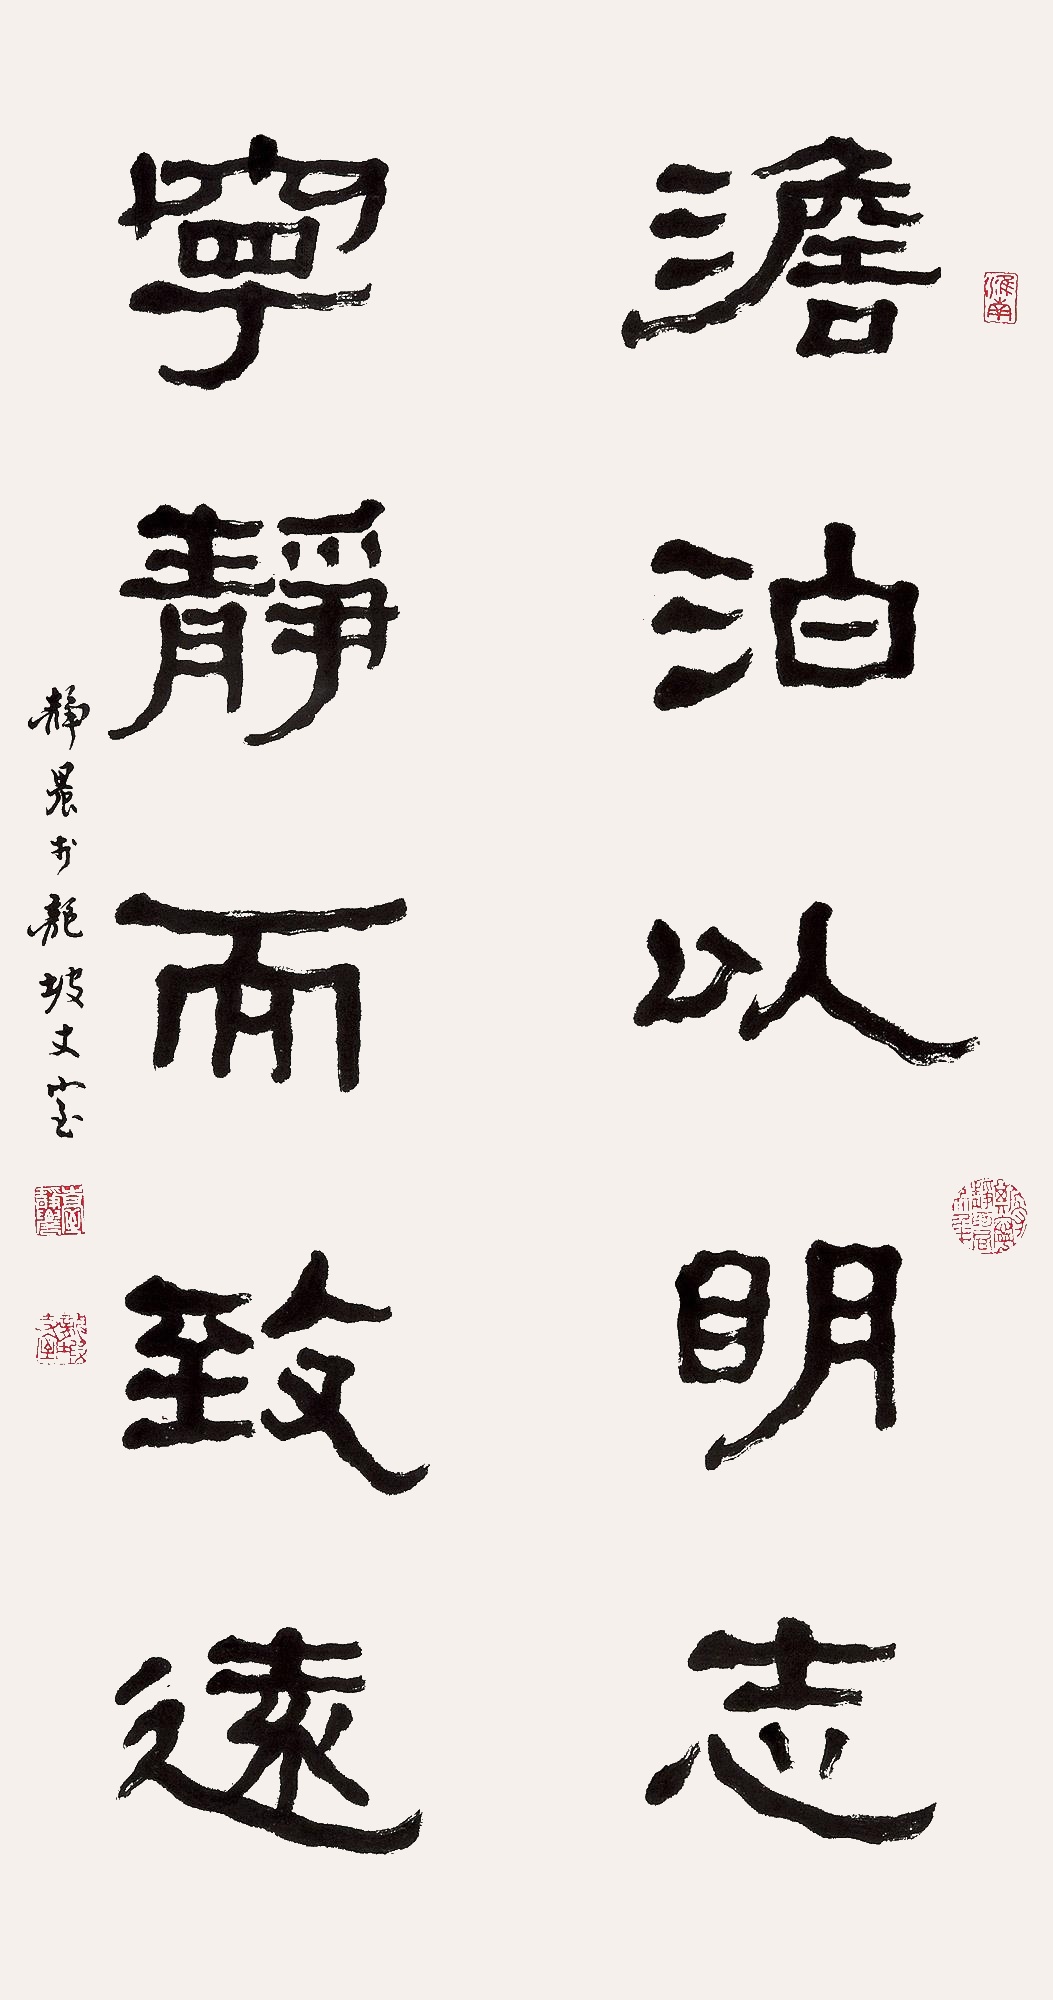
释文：淡泊以明志，宁静而致远。静农于龙坡丈室。